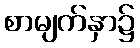
စာမျက်နှာ၌